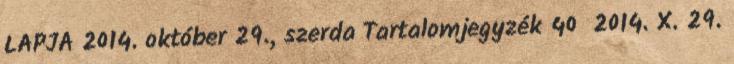
LAPJA 2014. október 29., szerda Tartalomjegyzék 40 2014. X. 29.